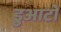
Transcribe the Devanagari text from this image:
डुआटो